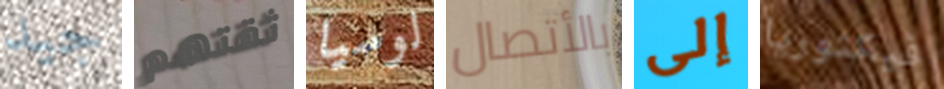
جيد ثقتهم لوسيا بالأتصال إلى فيكتوريا